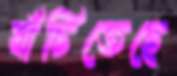
বাঁচিতেছে